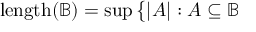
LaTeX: \mathrm { { l e n g t h } } ( { \mathbb { B } } ) = \operatorname* { s u p } { \big \{ } | A | : A \subseteq { \mathbb { B } }